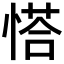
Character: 𢟉